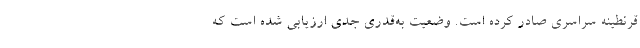
قرنطینه سراسری صادر کرده است. وضعیت به‌قدری جدی ارزیابی شده است که